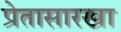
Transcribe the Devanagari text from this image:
प्रेतासारखा